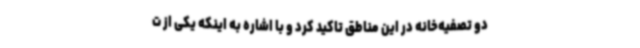
دو تصفیه‌خانه در این مناطق تاکید کرد و با اشاره به اینکه یکی از ت